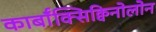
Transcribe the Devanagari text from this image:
कार्बॉक्सिक्विनोलोन